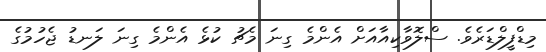
މިޑްފީލްޑަރެވެ. ސްލޮވާކިއާއަށް އެންމެ ގިނަ މެޗު ކުޅެ އެންމެ ގިނަ ލަނޑު ޖެހުމުގެ